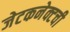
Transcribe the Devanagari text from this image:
जेटकनेक्टची